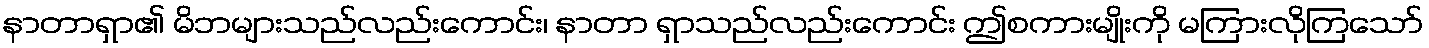
နာတာရှာ၏ မိဘများသည်လည်းကောင်း၊ နာတာ ရှာသည်လည်းကောင်း ဤစကားမျိုးကို မကြားလိုကြသော်